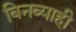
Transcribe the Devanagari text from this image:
बिनब्याही